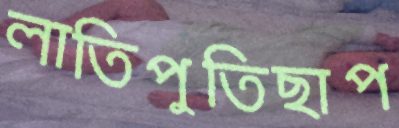
লাতিপুতিছাপ